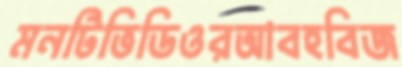
মনটিভিডিওরআবহবিজ